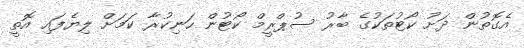
އެގޮތުން ދަށު ކޯޓުތަކުގެ ބާރު ސުޕްރީމް ކޯޓުން ހަނިކުރާ ކަމަށް ލިޔެފައި އޮތީ